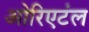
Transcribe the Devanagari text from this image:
ओरिएटंल